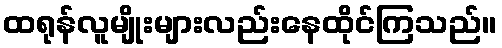
ထရုန်လူမျိုးများလည်းနေထိုင်ကြသည်။